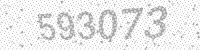
Solution: 593073